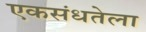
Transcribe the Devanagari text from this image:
एकसंधतेला